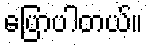
ပြောပါတယ်။